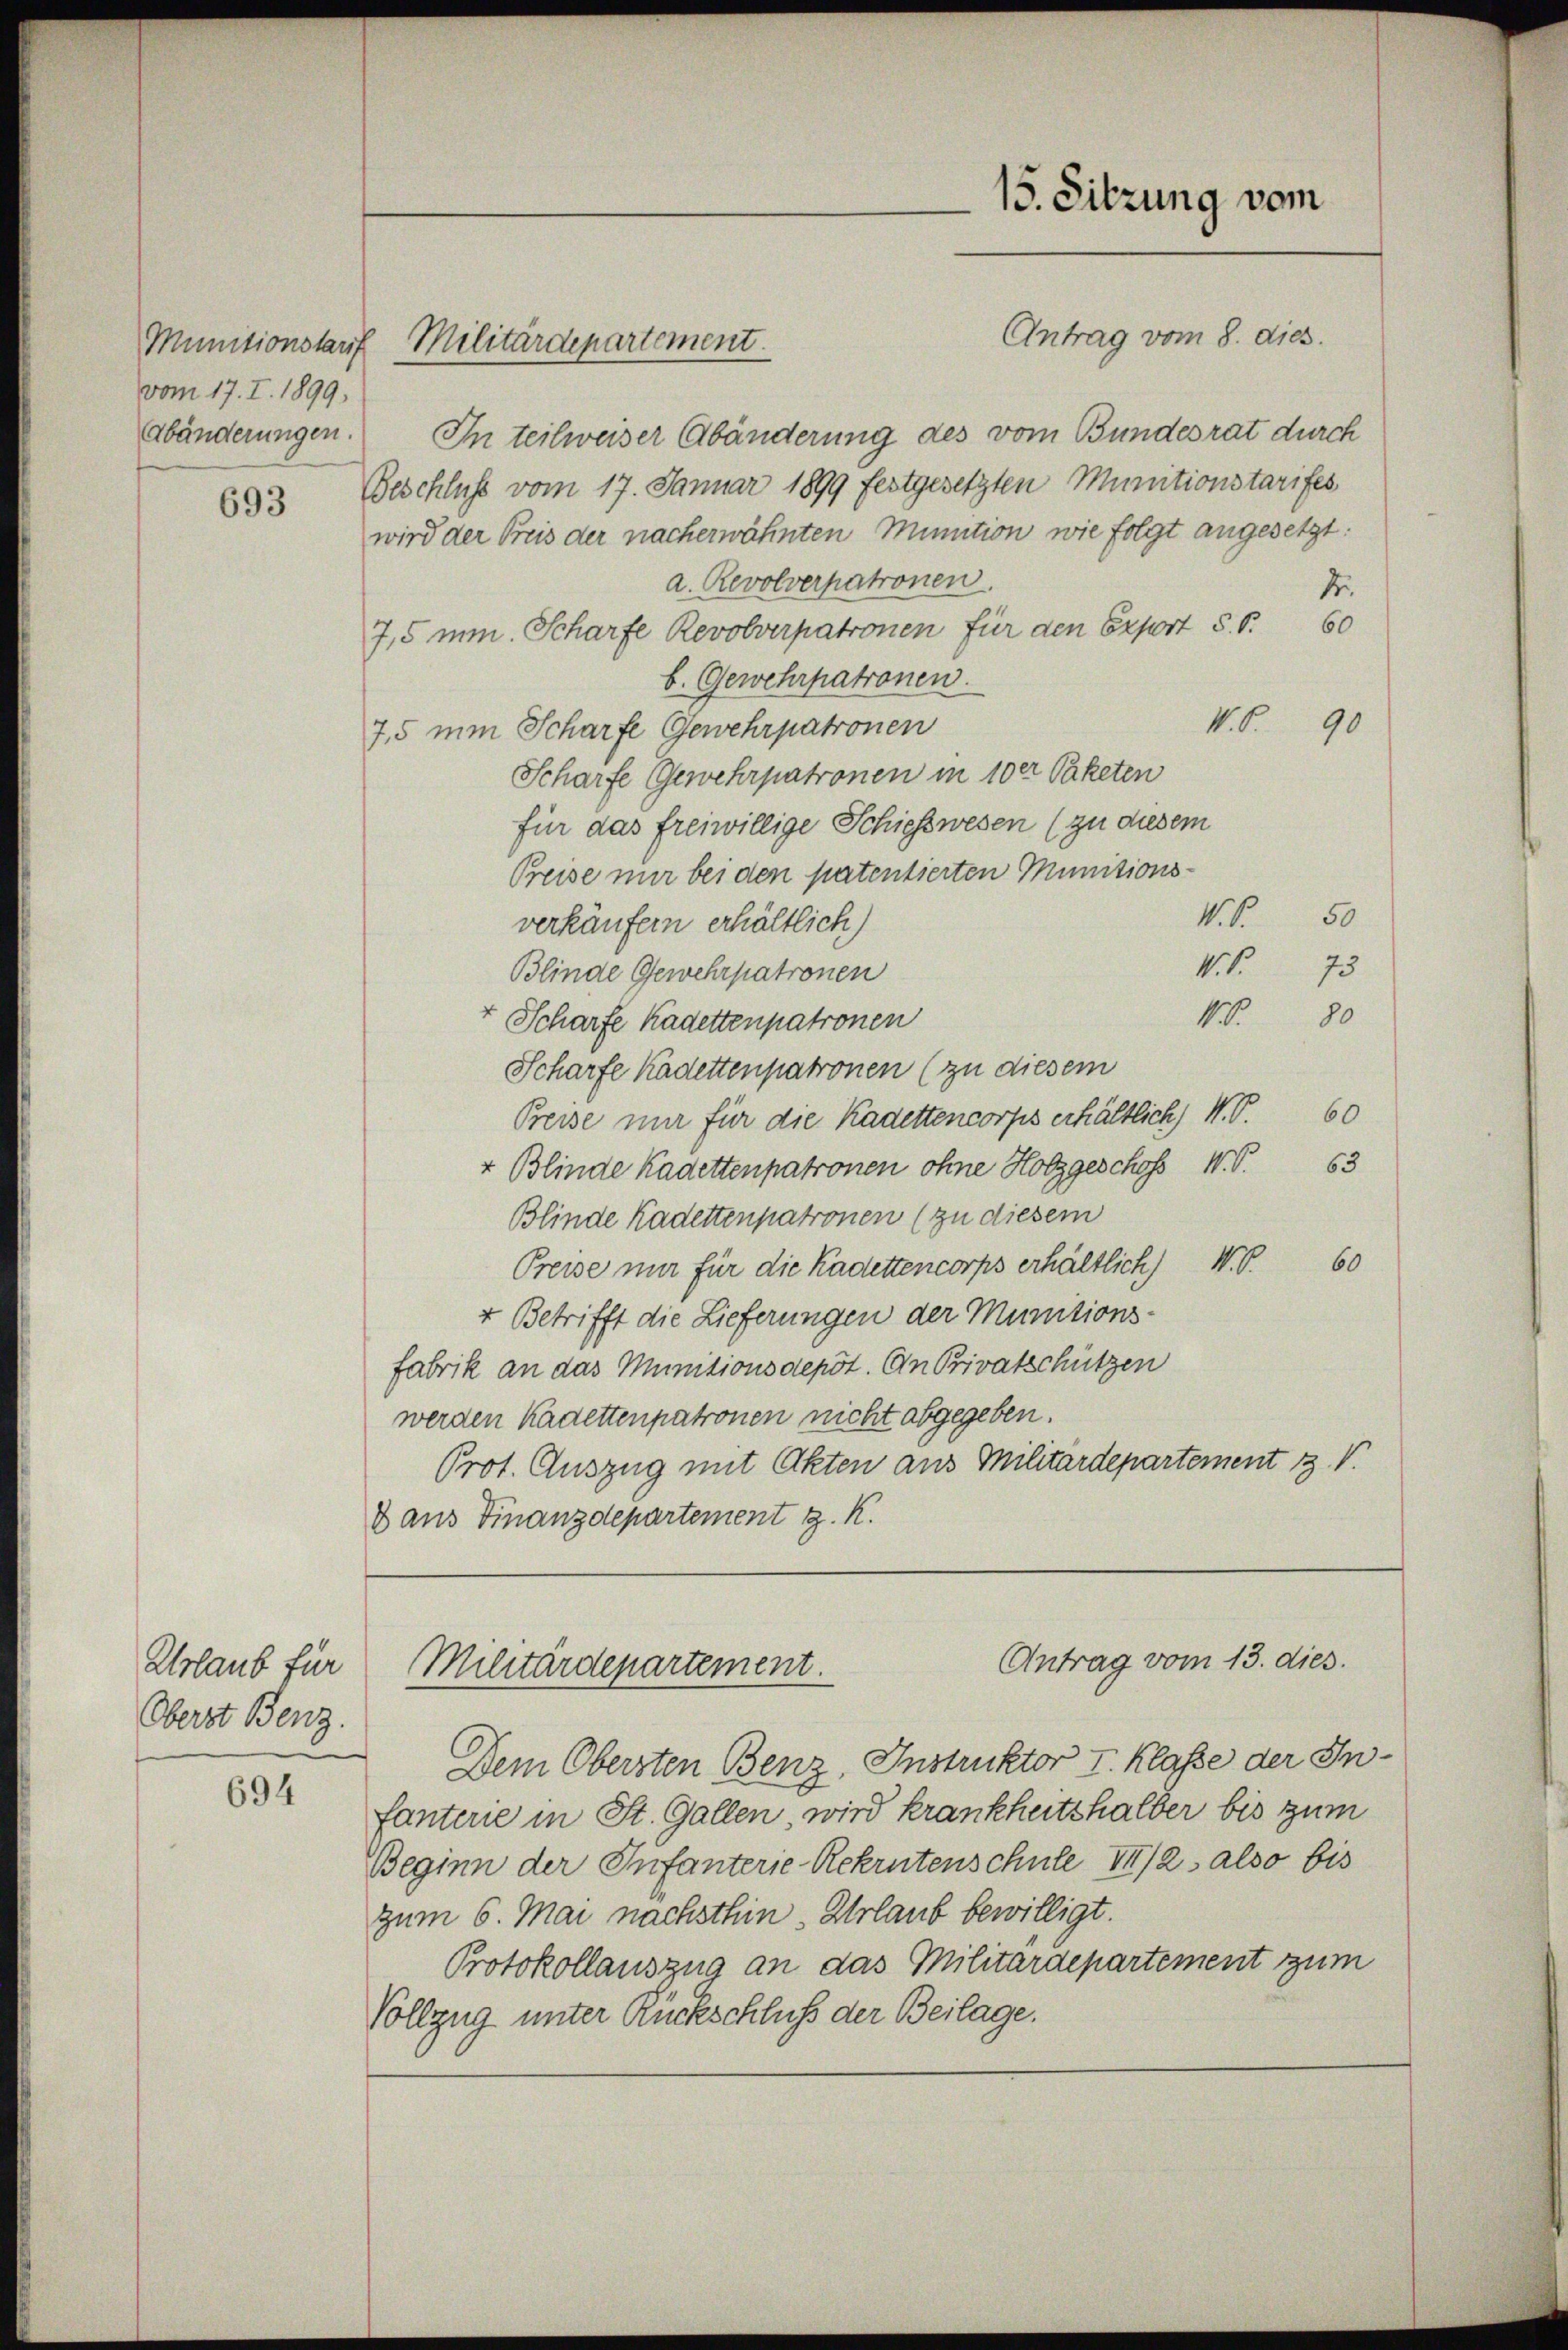
vom 17. I. 1899,

693

Urlaub für
Oberst Benz.

694

Antrag vom 8. dies
Abänderungen. In teilweiser Abänderung des vom Bundesrat durch
Beschluss vom 17. Januar 1899 festgesetzten Munitionstarifes
wird der Preis der nacherwähnten Minution wie folgt angesetzt:
a. Revolverpatronen.
1.
7,5 mm. Scharfe Revolverpatronen für den Export S. S. 60
b. Gewehrpatronen.
V. P. 90
7,5 nun Scharfe Gewehrpatronen
Scharfe Gewehrpatronen in 10er Paketen
für das freiwillige Schiesswesen (zu diesem
Preise nur bei den patentierten Munitions¬
V.C. 50
verkäufern erhältlich)
16
75
Blinde Gewehrpatronen
Nr. 80
Scharfe Kadettenpatronen
Scharfe Kadettenpatronen (zu diesem
Preise nur für die Kadettencorps erhältlich, N. V. 60
+ Blinde Kadettenpatronen ohne Holzgeschofs W. P. 63
Blinde Kadettenpatronen (zu diesem
60
Preise nur für die Kadettencorps erhältlich) 1.6.
+ Betrifft die Lieferungen der Munitions-
fabrik an das Munitionsdepot. An Privatschützen
werden Kadettenpatronen nicht abgegeben.
Prot. Auszug mit Akten aus Militärdepartement V.
d aus Finanzdepartement z. K.

Munitionslauf Militärdepartement.

15. Sitzung vom

Antrag vom 13. dies.
Militärdepartement.

Dem Obersten Benz, Instruktor I. Klasse der Infanterie in St. Gallen, wird krankheitshalber bis zum
Beginn der Infanterie Rekrutenschule II/2 also bis
zum 6. Mai nachsthin Urlaub bewilligt.
Protokollauszug an das Militärdepartement zum
Vollzug unter Rückschluß der Beilage.